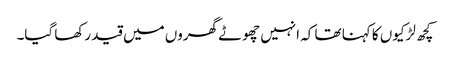
کچھ لڑکیوں کا کہنا تھا کہ انہیں چھوٹے گھروں میں قید رکھا گیا۔